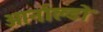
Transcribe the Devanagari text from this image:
आर्नाल्डो